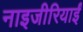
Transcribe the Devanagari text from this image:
नाइजीरियाईं